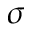
\boldsymbol { \sigma }